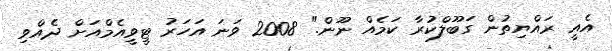
އެއީ ރައްޔިތުން ގަބޫލްކުރާ ކަމެއް ނޫން." 2008 ވަނަ އަހަރު ޓީވީއެމްއަށް ދެއްވި